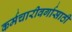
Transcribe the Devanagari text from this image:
कर्मचारीवर्गासाठी